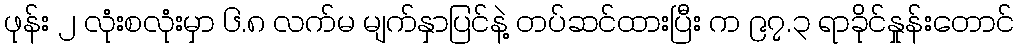
ဖုန်း ၂ လုံးစလုံးမှာ ၆.၈ လက်မ မျက်နှာပြင်နဲ့ တပ်ဆင်ထားပြီး က ၉၇.၃ ရာခိုင်နှုန်းတောင်